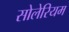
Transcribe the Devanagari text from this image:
सोलेरियम